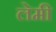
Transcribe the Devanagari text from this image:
लेमी